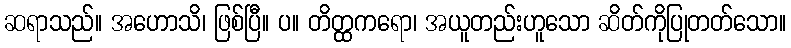
ဆရာသည်။ အဟောသိ၊ ဖြစ်ပြီ။ ပ။ တိတ္ထကရော၊ အယူတည်းဟူသော ဆိတ်ကိုပြုတတ်သော။